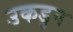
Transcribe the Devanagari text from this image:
उकडुन